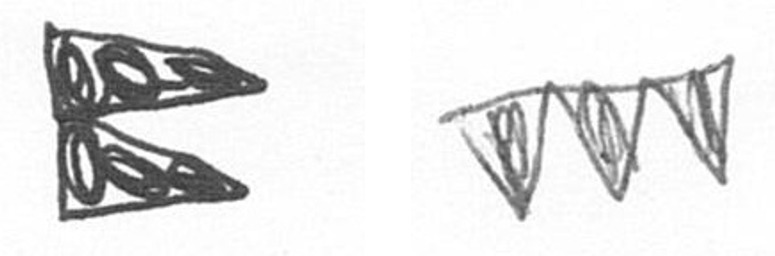
P L